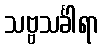
သဗ္ဗသင်္ခါရာ